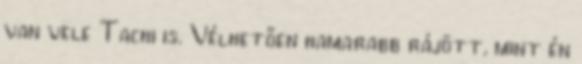
van vele Tachi is. Vélhetően hamarabb rájött, mint én